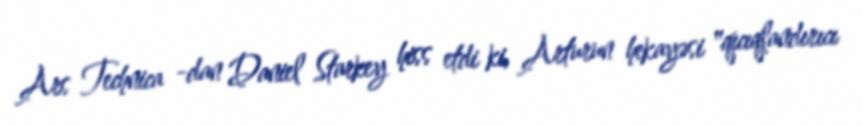
Ars Technica -dan Daniel Starkey hiss etdi ki, Arturun hekayəsi "qıcıqlandırıcı